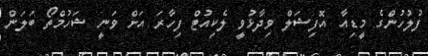
ފުލުހުންގެ މީޑިއާ އޮފިޝަލް ވިދާޅުވީ ލެކިއުޓް ފިހާރަ އަށް ވަނީ ޝަހުމްތޯ ބަލަން